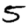
Digit: 5